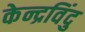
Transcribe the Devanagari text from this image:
केन्द्रविंदु